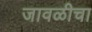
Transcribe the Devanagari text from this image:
जावळीचा